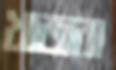
খাজরা